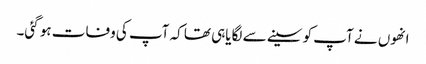
انھوں نے آپ کو سینے سے لگایاہی تھا کہ آپ کی وفات ہو گئی۔